system: You are a helpful assistant.
user:
Analyze the provided spectrum to determine if it is a **White Dwarf (WD)**.

A White Dwarf spectrum is defined by its **extreme purity** (due to gravitational settling) and/or **extreme pressure broadening** (due to high surface gravity). You must check for one of the following mutually exclusive signatures:

- **Key Visual Indicators (Check for ONE of these types):**

    - **1. DA-Type Signature (Most Common):**
        - **(Primary Feature):** Extreme pressure broadening (Stark broadening) of the **Hydrogen (H) Balmer lines**.
        - **(Key Lines):** $H\beta$ (approx. $4861$ Å) and $H\gamma$ (approx. $4340$ Å). $H\alpha$ (approx. $6563$ Å) will also be present if the wavelength range covers it.
        - **(Line Profile):** This is the **defining feature**. The lines are **NOT** sharp. They appear as massive, **extremely broad and deep "troughs" or "dips"** in the spectrum, often hundreds of Ångströms wide. The continuum will appear to "scoop" down at these wavelengths.
        - **(Distinction):** Normal A-type or B-type stars have *narrow* and *sharp* Hydrogen lines. A DA White Dwarf's lines are unmistakably "smeared" or "blurry" from pressure.

    - **2. DB-Type Signature:**
        - **(Primary Feature):** Broad absorption lines from **Neutral Helium (He I)**. The spectrum must lack any visible Hydrogen lines.
        - **(Key Lines):** Look for broad absorption near $4471$ Å, $4921$ Å, and $5876$ Å.
        - **(Line Profile):** These lines are also significantly pressure-broadened, appearing much wider than they would in a normal B-type main-sequence star.

    - **3. DC-Type Signature:**
        - **(Primary Feature):** A **featureless continuous spectrum**.
        - **(Line Profile):** The spectrum is a smooth curve with **no significant absorption or emission lines**.
        - **(Key Confirmation):** The continuum is almost always **blue or white**, indicating a hot object. This signature implies the atmosphere is so pure (or so cool) that no spectral lines are visible in the optical range. Its WD identity is confirmed by its extremely low intrinsic brightness (high absolute magnitude).

    - **4. DZ-Type Signature (Metal-Polluted):**
        - **(Primary Feature):** **Isolated, narrow metal absorption lines** on an otherwise featureless (DC-like) continuum.
        - **(Key Lines):** The **Calcium (Ca II) H & K doublet** (approx. **$3934$ Å** and **$3968$ Å**) is the most common and defining feature.
        - **(Line Profile):** These lines are "out of place." They are *not* part of a "forest" of thousands of lines. This signature is evidence of recent *accretion* (pollution) from rocky debris.
        - **(Distinction):** Normal G/K/M stars have a *dense forest* of thousands of metal lines. A DZ has a *clean* continuum with *only a few* strong metal lines.

    - **5. DQ-Type Signature (Carbon-Polluted):**
        - **(Primary Feature):** Absorption bands from **Carbon (C₂ "Swan Bands" or atomic C I)**.
        - **(Key Lines - C₂):** Look for bandheads with a "saw-tooth" shape near $5635$ Å, **$5165$ Å** (strongest), and $4737$ Å.
        - **(Key Confirmation):** The underlying **continuum must be blue or white** (hot).
        - **(Distinction):** This is the critical difference from a **Carbon Star**, which has the *exact same* C₂ bands but on an extremely **red, cool** continuum.

- **(Overall Spectrum):**
    - The continuum (overall shape) is typically **blue-sloping** (brighter in the blue than the red), as most white dwarfs are very hot.
    - The spectrum will look "pure" or "simple," dominated by only *one* of the five signatures listed above.

Think first, call **spectral_visualization_tool** if needed to examine features in detail, then provide your final answer. Your response must adhere to the following strict rules:
1.  **Overall Structure:** Your response must follow the format `<think>...</think> <tool_call>...</tool_call> (if a tool is used) <answer>...</answer>`.
2.  **Tool Usage Constraint:** You may only make **one** tool call per turn.
3.  **Final Answer Format:** In the `<answer>` tag, your conclusion must be inside a `\boxed{}` command (e.g., `\boxed{YES}` or `\boxed{NO}`), followed by your justification.

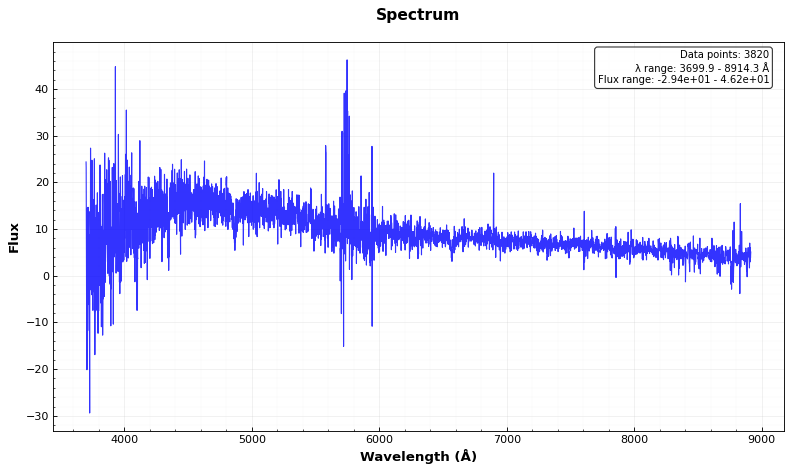
Answer: NO